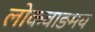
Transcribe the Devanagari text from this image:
लोकवाङमय